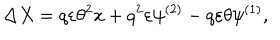
LaTeX: \Delta X = q \varepsilon \theta ^ { 2 } \dot { x } + q ^ { 2 } \varepsilon \psi ^ { ( 2 ) } - q \varepsilon \theta \psi ^ { ( 1 ) } ,